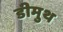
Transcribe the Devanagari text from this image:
डीमुथ